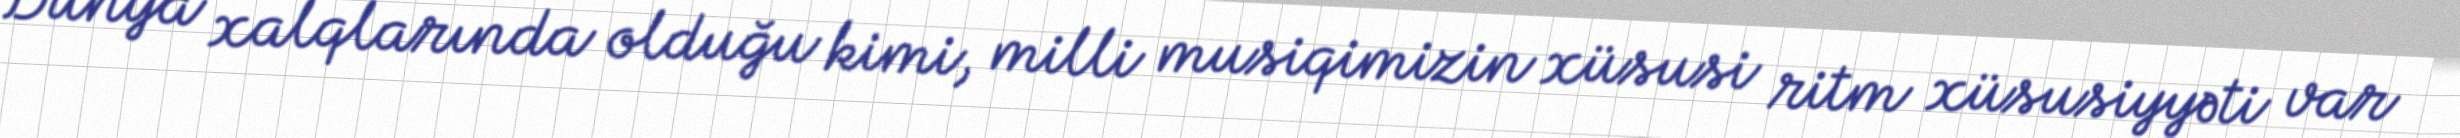
Dünya xalqlarında olduğu kimi, milli musiqimizin xüsusi ritm xüsusiyyəti var